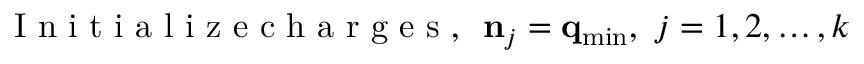
\mathrm { ~ I ~ n ~ i ~ t ~ i ~ a ~ l ~ i ~ z ~ e ~ c ~ h ~ a ~ r ~ g ~ e ~ s ~ , ~ } ~ { \bf n } _ { j } = { \bf q } _ { \mathrm { m i n } } , ~ j = 1 , 2 , \ldots , k